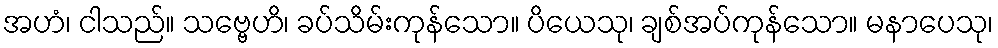
အဟံ၊ ငါသည်။ သဗ္ဗေဟိ၊ ခပ်သိမ်းကုန်သော။ ပိယေသု၊ ချစ်အပ်ကုန်သော။ မနာပေသု၊